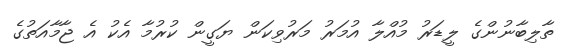
ތާލިބާނުންގެ ލީޑަރު މުއްލާ އުމަރު މަރުވިކަން ޔަގީން ކުރުމާ އެކު އެ ޖާމާއަތުގެ